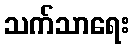
သက်သာရေး